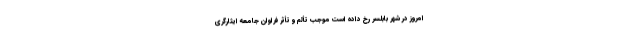
امروز در شهر بابلسر رخ داده است موجب تألم و تأثر فراوان جامعه ایثارگری